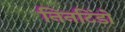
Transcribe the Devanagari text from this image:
निनटिंडो